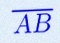
\overline{AB}